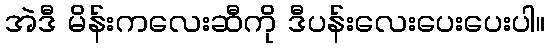
အဲဒီ မိန်းကလေးဆီကို ဒီပန်းလေးပေးပေးပါ။